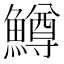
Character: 鱒